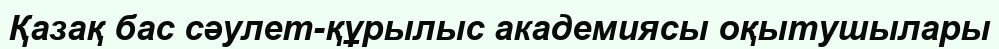
Қазақ бас сәулет-құрылыс академиясы оқытушылары